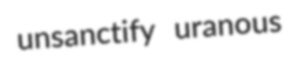
unsanctify uranous